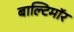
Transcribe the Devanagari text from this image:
बाल्टिमॉर